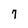
Character: 7